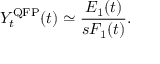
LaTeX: Y _ { t } ^ { \mathrm { Q F P } } ( t ) \simeq \frac { E _ { 1 } ( t ) } { s F _ { 1 } ( t ) } .